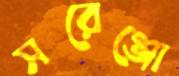
সরেঞ্জো